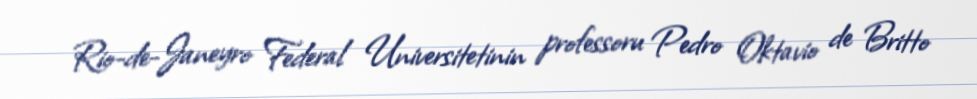
Rio-de-Janeyro Federal Universitetinin professoru Pedro Oktavio de Britto